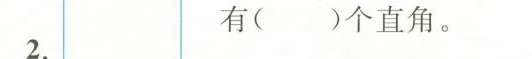
2.有()个直角。